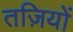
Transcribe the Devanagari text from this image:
तज़ियों